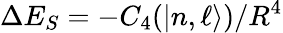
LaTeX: \Delta E_{S}=-C_{4}(|n,\ell\rangle)/R^{4}